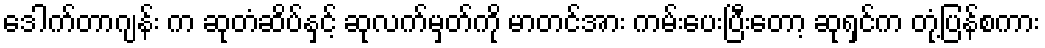
ဒေါက်တာဂျန်း က ဆုတံဆိပ်နှင့် ဆုလက်မှတ်ကို မာတင်အား ကမ်းပေးပြီးတော့ ဆုရှင်က တုံ့ပြန်စကား